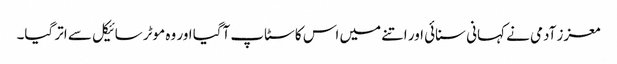
معزز آدمی نے کہانی سنائی اور اتنے میں اس کا سٹاپ آگیا اور وہ موٹر سائیکل سے اتر گیا۔